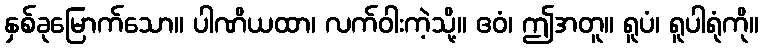
နှစ်ခုမြောက်သော။ ပါဏိယထာ၊ လက်ဝါးကဲ့သို့။ ဧဝံ၊ ဤအတူ။ ရူပံ၊ ရူပါရုံကို။